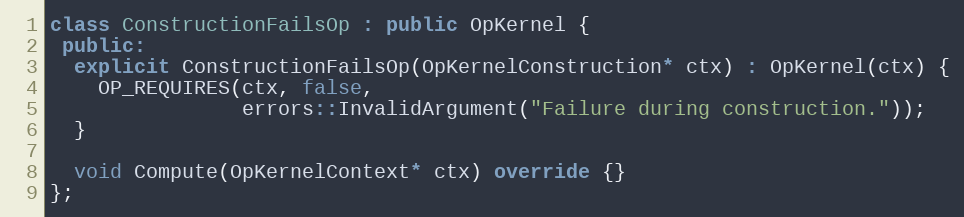
Language: C++
class ConstructionFailsOp : public OpKernel {
 public:
  explicit ConstructionFailsOp(OpKernelConstruction* ctx) : OpKernel(ctx) {
    OP_REQUIRES(ctx, false,
                errors::InvalidArgument("Failure during construction."));
  }

  void Compute(OpKernelContext* ctx) override {}
};